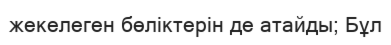
жекелеген бөліктерін де атайды; Бұл